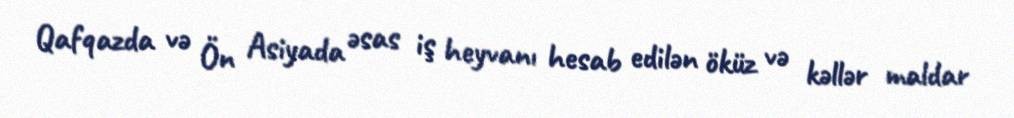
Qafqazda və Ön Asiyada əsas iş heyvanı hesab edilən öküz və kəllər maldar